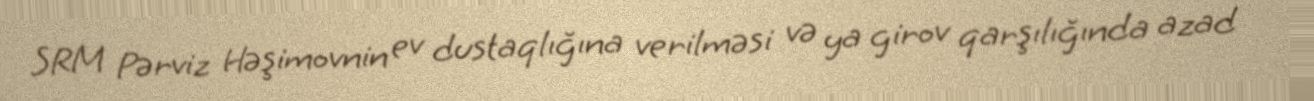
SRM Pərviz Həşimovnin ev dustaqlığına verilməsi və ya girov qarşılığında azad